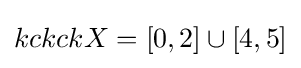
kckckX=[0,2]\cup [4,5]